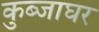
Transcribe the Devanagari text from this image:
कुब्जाघर